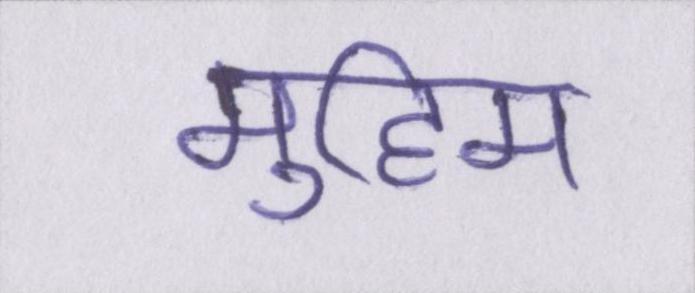
मुहिम